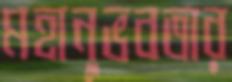
মহানুভবতার